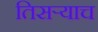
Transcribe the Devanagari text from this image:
तिसर्‍याच